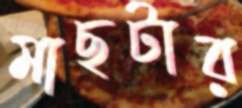
মাছটার